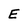
Character: E